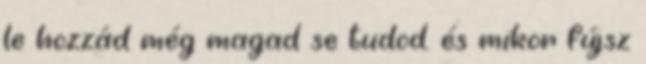
le hozzád még magad se tudod. és mikor fújsz